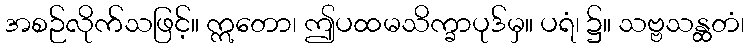
အစဉ်လိုက်သဖြင့်။ ဣတော၊ ဤပထမသိက္ခာပုဒ်မှ။ ပရံ၊ ၌။ သဗ္ဗသန္ထတံ၊